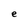
Character: e